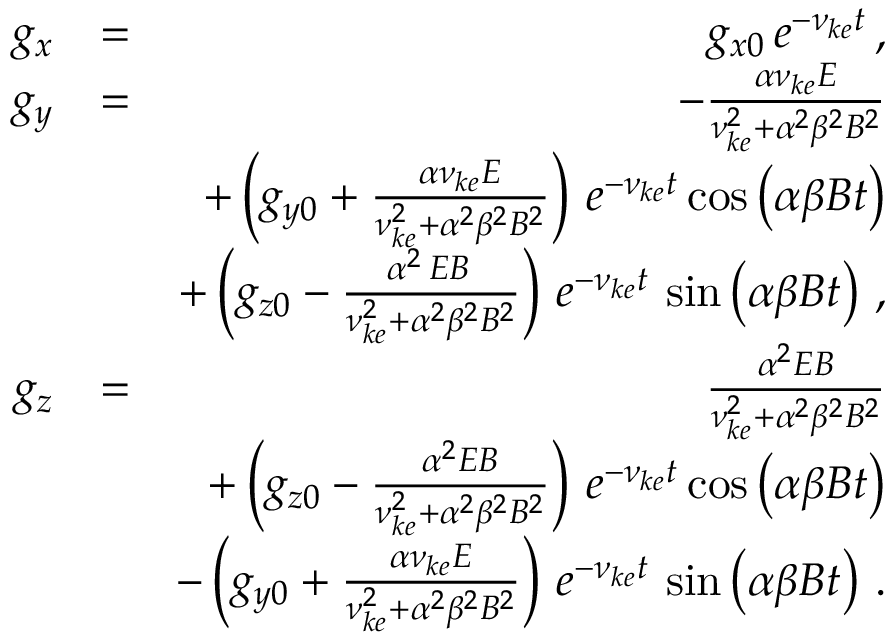
\begin{array} { r l r } { g _ { x } } & { = } & { g _ { x 0 } \, e ^ { - \nu _ { k e } t } \, , } \\ { g _ { y } } & { = } & { - \frac { \alpha \nu _ { k e } E } { \nu _ { k e } ^ { 2 } + \alpha ^ { 2 } \beta ^ { 2 } B ^ { 2 } } } \\ & { } & { + \left( g _ { y 0 } + \frac { \alpha \nu _ { k e } E } { \nu _ { k e } ^ { 2 } + \alpha ^ { 2 } \beta ^ { 2 } B ^ { 2 } } \right) \, e ^ { - \nu _ { k e } t } \cos \left( \alpha \beta B t \right) } \\ & { } & { + \left( g _ { z 0 } - \frac { \alpha ^ { 2 } \, E B \, } { \nu _ { k e } ^ { 2 } + \alpha ^ { 2 } \beta ^ { 2 } B ^ { 2 } } \right) \, e ^ { - \nu _ { k e } t } \, \sin \left( \alpha \beta B t \right) \, , } \\ { g _ { z } } & { = } & { \frac { \alpha ^ { 2 } E B } { \nu _ { k e } ^ { 2 } + \alpha ^ { 2 } \beta ^ { 2 } B ^ { 2 } } } \\ & { } & { + \left( g _ { z 0 } - \frac { \alpha ^ { 2 } E B } { \nu _ { k e } ^ { 2 } + \alpha ^ { 2 } \beta ^ { 2 } B ^ { 2 } } \right) \, e ^ { - \nu _ { k e } t } \cos \left( \alpha \beta B t \right) } \\ & { } & { - \left( g _ { y 0 } + \frac { \alpha \nu _ { k e } E } { \nu _ { k e } ^ { 2 } + \alpha ^ { 2 } \beta ^ { 2 } B ^ { 2 } } \right) \, e ^ { - \nu _ { k e } t } \, \sin \left( \alpha \beta B t \right) \, . } \end{array}